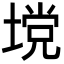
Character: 𪤅